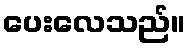
ပေးလေသည်။